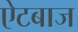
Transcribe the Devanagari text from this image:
ऐटबाज